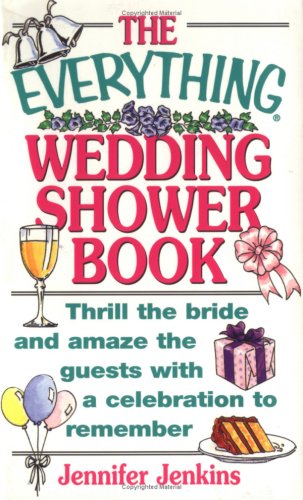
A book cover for The Everything Wedding Shower Book: Thrill the Bride and Amaze the Guests With a Celebration to Remember; Jennifer Jenkins; Crafts, Hobbies & Home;